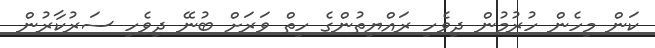
ކަން މިހެން ހުރުމުން ދިވެހި ރައްޔިތުންގެ ހިތް ވަރަށް ބުނޭ ދިވެހި ސަރުކާރުން